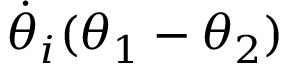
\dot { \theta } _ { i } ( \theta _ { 1 } - \theta _ { 2 } )